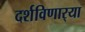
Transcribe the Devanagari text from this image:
दर्शविणार्‍या